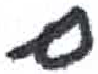
אות: ם